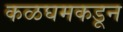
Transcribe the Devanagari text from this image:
कळघमकडून